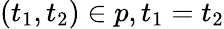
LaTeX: (t_{1},t_{2})\in p,t_{1}=t_{2}